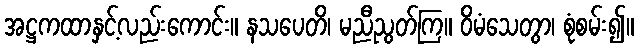
အဋ္ဌကထာနှင့်လည်းကောင်း။ နသပေတိ၊ မညီညွတ်ကြ။ ဝိမံသေတွာ၊ စုံစမ်း၍။